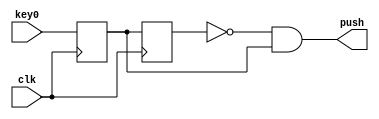
module pushb_
(
	input clk,
	input key0,
	output push
);
reg key_r;
reg key_rr;
always @(posedge clk)
begin
	key_r <= key0;
	key_rr <= key_r;
end
	assign push = ~key_rr & key_r;
endmodule

module second
(
    input clk,
    input key0,
    input key1,
    input key2,
    output [7:0] LEDG
);

reg [2:0] sum;
wire push2, push1, push0;
wire [7:0] led;

assign LEDG = led;

pushb_
push_2
(
    .clk(clk),
    .key0(key2),
    .push(push2)
);

pushb_
push_1
(
    .clk(clk),
    .key0(key1),
    .push(push1)
);

pushb_
push_0
(
    .clk(clk),
    .key0(key0),
    .push(push0)
);

localparam FREQ_SEC = 50000000;

genvar i;
reg [25:0] count;
reg [2:0] res;

always @(posedge clk)
begin
    count <= (count == FREQ_SEC - 1) ? 0 : count + 1;

    if (push0)
        sum <= 0;
    else
    if (push1)
        sum <= sum + 1;
    else
    if (push2)
        sum <= sum - 1;
end

generate
for (i = 0; i < 7; i = i + 1)
begin: loop
    assign led[i] = (i < sum) & (count < FREQ_SEC / 2);
end
endgenerate

endmodule